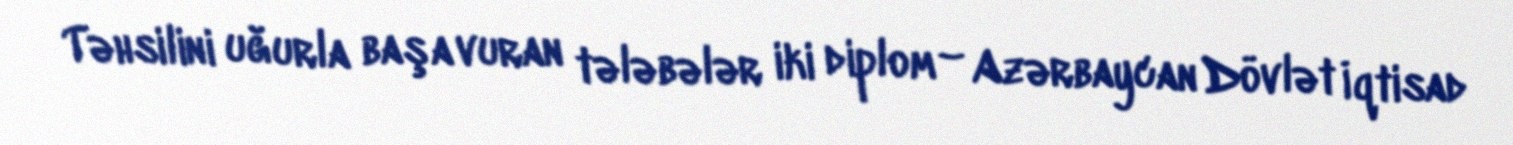
Təhsilini uğurla başa vuran tələbələr iki diplom – Azərbaycan Dövlət İqtisad